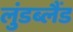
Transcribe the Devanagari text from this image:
लुंडब्लैंड